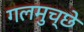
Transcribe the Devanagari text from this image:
गलमुच्छे